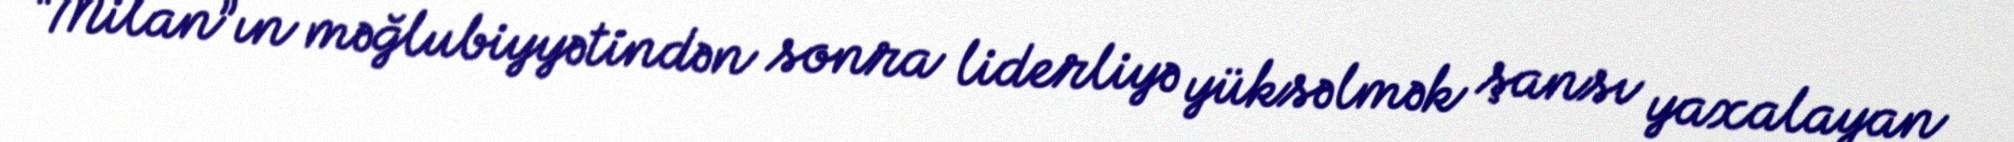
“Milan”ın məğlubiyyətindən sonra liderliyə yüksəlmək şansı yaxalayan